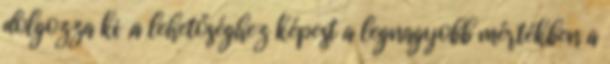
dolgozza ki „a lehetőséghez képest a legnagyobb mértékben a